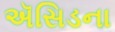
ઍસિડના